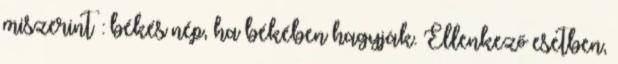
miszerint : békés nép, ha békében hagyják. Ellenkező esetben,